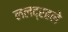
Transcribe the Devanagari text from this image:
ललद्रहले